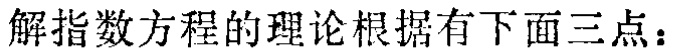
解指数方程的理论根据有下面三点：